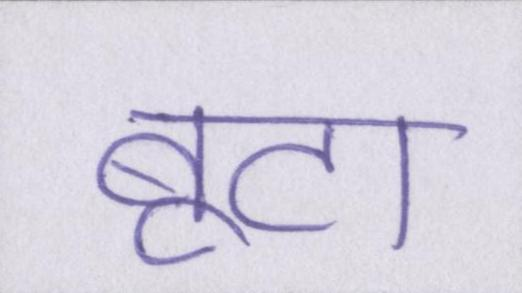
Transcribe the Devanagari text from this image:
बूटा